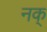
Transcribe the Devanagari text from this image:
नक्